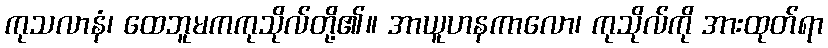
ကုသလာနံ၊ ထေဘူမကကုသိုလ်တို့၏။ အာယူဟနကာလော၊ ကုသိုလ်ကို အားထုတ်ရာ